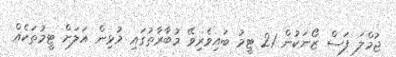
ޖުމްލަ ފަސް ޒޯނަކުން 21 ޓީމު ބައިވެރިވޭ މުބާރާތުގައި މުޅިން އަލަށް ޓީމުތަކެއް